Vaccination in the Punjab 1905-1918 - 1905-1918
Year: 1905
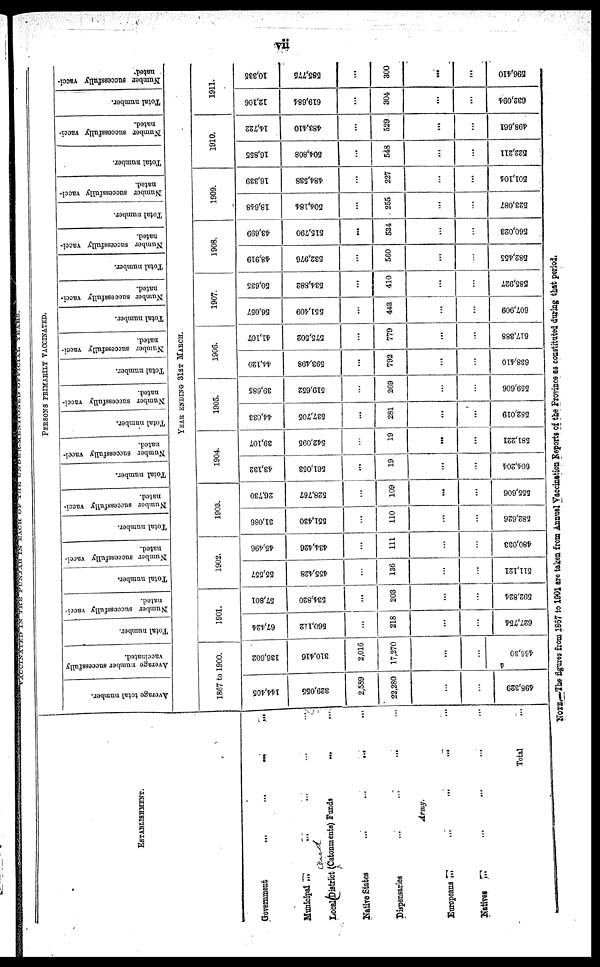
vii
VACCINATED IN THE PUNJAB IN EACH OF THE UNDER-MENTIONED
OFFICIAL
YEARS.
ESTABLISHMENT.
Government ... ... ... ...
Municipal
...
... ... ...
Local District (Catonments) Funds
...
...
Native States
...
...
...
...
Dispensaries
...
... ... ...
Army.
Europeans ... ... ... ...
Natives ... ... ... ...
Total ...
PERSONS PRIMARILY VACCINATED.
Average total number.
Average number successfully
vaccinated.
Total number.
Number successfully vacci-
nated.
Total number.
Number successfully vacci-
nated.
Total number.
Number successfully vacci-
nated.
Total number.
Number successfully vacci-
nated.
Total number.
Number successfully vacci-
nated.
Total number.
Number successfully vacci-
nated.
Total number.
Number successfully vacci-
nated.
Total number.
Number successfully vacci-
nated.
Total number.
Number successfully vacci-
nated.
Total number.
Number successfully vacci-
nated.
Total number.
Number, successfully vacci-
nated.
YEAR ENDING 31ST MARCH.
1867 to 1900.
144,405
329,055
2,589
22,280
...
...
498,329
136,602
310,416
2,016
17,270
...
...
466,304
1901.
67,424
560,112
...
218
...
...
627,754
57,801
534,820
...
203
...
...
592,824
1902.
55,557
455,428
...
136
...
...
511,121
45,496
434,426
...
111
...
...
480,033
1903.
31,086
551,430
...
110
...
...
582,626
26,730
528,767
...
109
...
...
555,606
1904.
43,132
561,053
...
19
...
...
604,204
39,107
542,095
...
19
...
...
581,221
1905.
44,033
537,705
...
281
...
...
582,019
39,685
519,652
...
269
...
...
559,606
1906.
44,120
593,498
...
792
...
...
638,410
41,107
575,502
...
779
...
...
617,388
1907.
56,057
551,409
...
443
...
...
607,909
50,635
534,882
...
410
...
...
585,927
1908.
48,919
532,976
...
560
...
...
582,455
43,699
515,790
...
534
...
...
560,023
1909.
18,648
504,184
...
255
...
...
523,087
16,339
484,538
...
227
...
...
501,104
1910.
16,855
504,808
...
548
...
...
522,211
14,722
483,410
...
529
...
...
498,661
1911.
12,106
619,684
...
304
...
...
632,094
10,335
585,775
...
300
...
...
696,410
NOTE.—The figures from 1867 to 1901 are taken from Annual Vaccination Reports of the Province as constituted during that period.